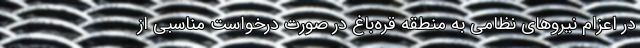
در اعزام نیروهای نظامی به منطقه قره‌باغ در صورت درخواست مناسبی از